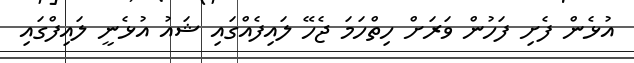
އުޅެން ފެށި ފަހުން ވަރަށް ހިތްހަމަ ޖެހޭ ލައިފެއްގައި ޝައު އުޅެނީ ލައިފްގައި